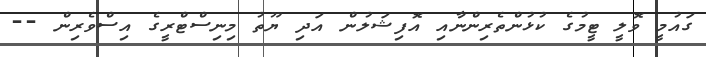
ގައުމީ ވޮލީ ޓީމުގެ ކުޅުންތެރިންނާއި އޮފިޝަލުން އަދި ޔޫތު މިނިސްޓްރީގެ އިސްވެރިން --